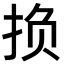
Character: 𫼨